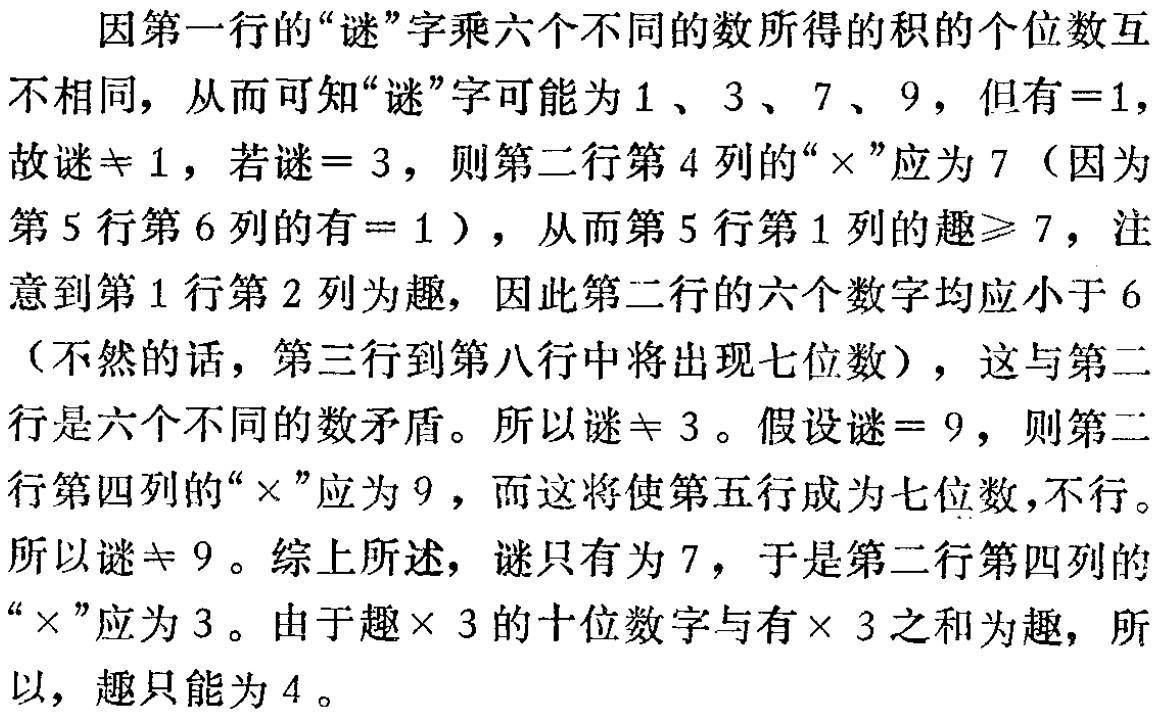
因第一行的“谜”字乘六个不同的数所得的积的个位数互不相同，从而可知“谜”字可能为$1$、$3$、$7$、$9$，但有$ = 1$，故谜$\neq 1$，若谜$ = 3$，则第二行第$4$列的“$\times$”应为$7$（因为第$5$行第$6$列的有$ = 1$），从而第$5$行第$1$列的趣$\geqslant 7$，注意到第$1$行第$2$列为趣，因此第二行的六个数字均应小于$6$（不然的话，第三行到第八行中将出现七位数），这与第二行是六个不同的数矛盾。所以谜$\neq 3$。假设谜$ = 9$，则第二行第四列的“$\times$”应为$9$，而这将使第五行成为七位数，不行。所以谜$\neq 9$。综上所述，谜只有为$7$，于是第二行第四列的“$\times$”应为$3$。由于趣$\times 3$的十位数字与有$\times 3$之和为趣，所以，趣只能为$4$。